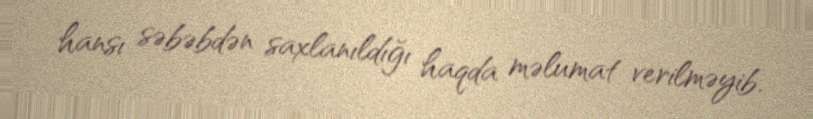
hansı səbəbdən saxlanıldığı haqda məlumat verilməyib.